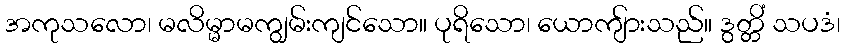
အကုသလော၊ မလိမ္မာမကျွမ်းကျင်သော။ ပုရိသော၊ ယောကျ်ားသည်။ ဒွတ္တိံ သပဒံ၊